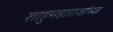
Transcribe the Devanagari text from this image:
शाहुमहाराजांच्या